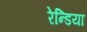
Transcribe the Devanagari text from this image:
रेन्डिया